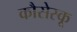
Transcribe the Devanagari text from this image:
कौसेस्कू